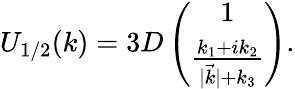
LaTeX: U_{1/2}(k)=3D\left(\begin{array}{cc}{{1}}\\ {{\frac{k_{1}+ik_{2}}{|\vec{k}|+k_{3}}}}\end{array}\right).